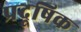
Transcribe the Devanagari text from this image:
प्रदूषिक